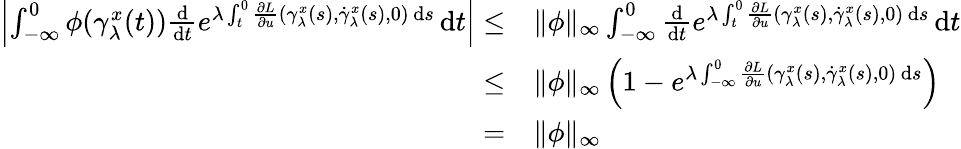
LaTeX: \begin{array}{rl}{\left|\int_{-\infty}^{0}\phi(\gamma_{\lambda}^{x}(t))\frac{\mathrm{d}}{\mathrm{d}t}e^{\lambda\int_{t}^{0}\frac{\partial L}{\partial u}(\gamma_{\lambda}^{x}(s),\dot{\gamma}_{\lambda}^{x}(s),0)\, \mathrm{d}s}\, \mathrm{d}t\right|\leq}&{\| \phi\| _{\infty}\int_{-\infty}^{0}\frac{\mathrm{d}}{\mathrm{d}t}e^{\lambda\int_{t}^{0}\frac{\partial L}{\partial u}(\gamma_{\lambda}^{x}(s),\dot{\gamma}_{\lambda}^{x}(s),0)\, \mathrm{d}s}\, \mathrm{d}t}\\ {\leq}&{\| \phi\| _{\infty}\left(1-e^{\lambda\int_{-\infty}^{0}\frac{\partial L}{\partial u}(\gamma_{\lambda}^{x}(s),\dot{\gamma}_{\lambda}^{x}(s),0)\, \mathrm{d}s}\right)}\\ {=}&{\| \phi\| _{\infty}}\end{array}